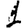
Digit: 1